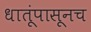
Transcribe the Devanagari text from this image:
धातूंपासूनच